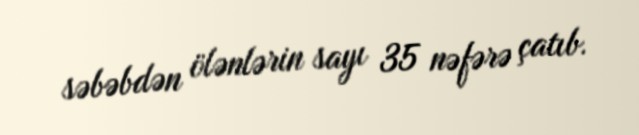
səbəbdən ölənlərin sayı 35 nəfərə çatıb.